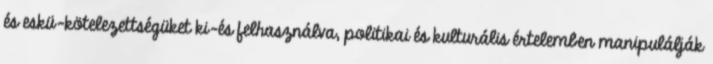
és eskü-kö­te­le­zettségüket ki-és felhasználva, politikai és kulturális ér­telemben manipulálják